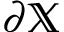
\partial \mathbb { X }